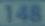
148